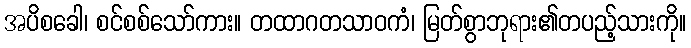
အပိစခေါ၊ စင်စစ်သော်ကား။ တထာဂတသာဝကံ၊ မြတ်စွာဘုရား၏တပည့်သားကို။